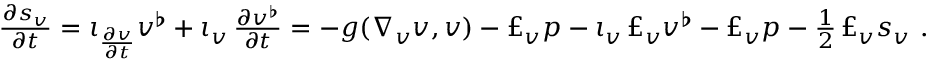
\begin{array} { r } { \frac { \partial s _ { v } } { \partial t } = \iota _ { \frac { \partial v } { \partial t } } v ^ { \flat } + \iota _ { v } \, \frac { \partial v ^ { \flat } } { \partial t } = - g ( \nabla _ { v } v , v ) - \pounds _ { v } p - \iota _ { v } \, \pounds _ { v } v ^ { \flat } - \pounds _ { v } p - \frac { 1 } { 2 } \, \pounds _ { v } s _ { v } \ . } \end{array}